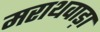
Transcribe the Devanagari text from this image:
मराथवाड़ा